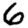
Digit: 6